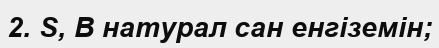
2. S, В натурал сан енгіземін;